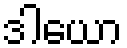
ဒါယော